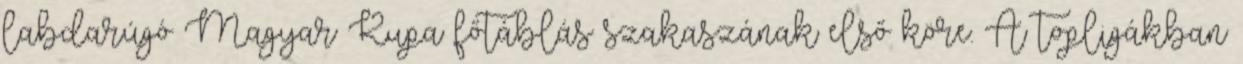
labdarúgó Magyar Kupa főtáblás szakaszának első köre. A topligákban